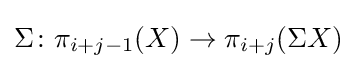
\Sigma \colon \pi _{i+j-1}(X)\to \pi _{i+j}(\Sigma X)